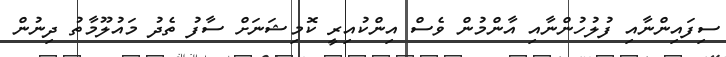
ސިފައިންނާއި ފުލުހުންނާއި އާންމުން ވެސް އިންކުއިރީ ކޮމިޝަނަށް ސާފު ތެދު މައުލޫމާތު ދިނުން